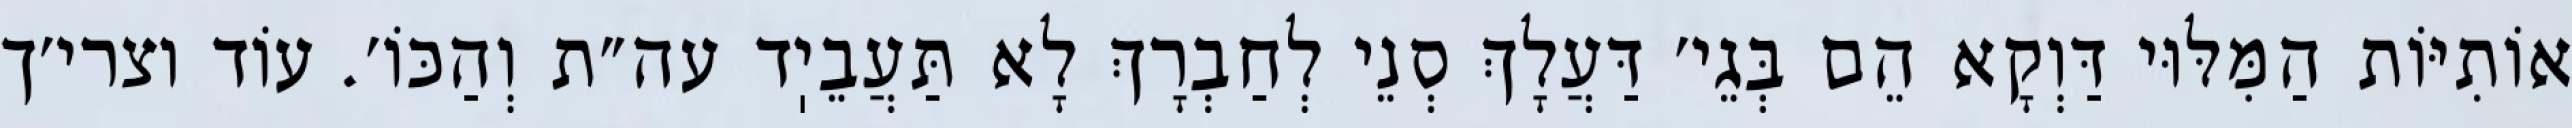
אוֹתִיּוֹת הַמִּלּוּי דַּוְקָא הֵם בְּגֵי׳ דַּעֲלָךְ סְנֵי לְחַבְרָךְ לָא תַּעֲבֵיֽד עה״ת וְהַכּוֹ׳. עוֹד וצרי׳ך